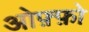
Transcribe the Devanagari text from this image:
ओफ़्फ़ो